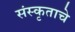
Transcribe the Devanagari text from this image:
संस्कृताचे